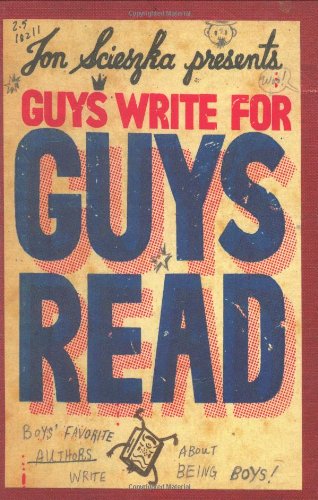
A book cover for Guys Write for Guys Read: Boys' Favorite Authors Write About Being Boys; Jon Scieszka; Children's Books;